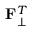
\mathbf { F } _ { \bot } ^ { T }